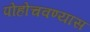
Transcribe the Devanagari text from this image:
पोहोचवण्यास